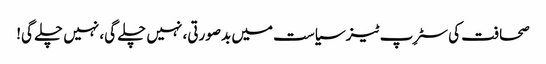
صحافت کی سٹرِپ ٹیز	سیاست میں بدصورتی، نہیں چلے گی، نہیں چلے گی!